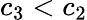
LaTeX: c_{3}<c_{2}